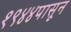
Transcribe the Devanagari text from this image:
१९४४पासून